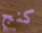
كنج